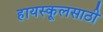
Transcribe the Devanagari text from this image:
हायस्कूलसाठी